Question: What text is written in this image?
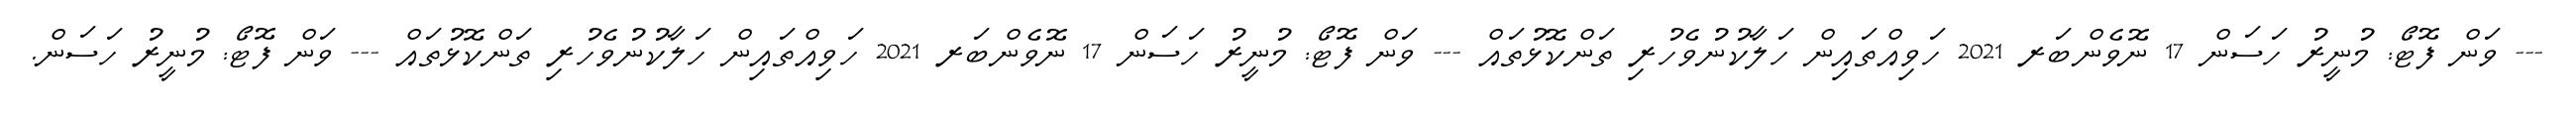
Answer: --- ވަން ފޮޓޯ: މުނީރު ހަސަން 17 ނޮވެންބަރ 2021 ހަވިއްތައިން ހަލާކުނުވެހުރި ތަންކޮޅުތައް --- ވަން ފޮޓޯ: މުނީރު ހަސަން 17 ނޮވެންބަރ 2021 ހަވިއްތައިން ހަލާކުނުވެހުރި ތަންކޮޅުތައް --- ވަން ފޮޓޯ: މުނީރު ހަސަން.